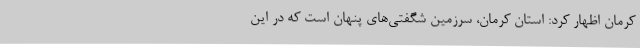
کرمان اظهار کرد: استان کرمان، سرزمین شگفتی‌های پنهان است که در این